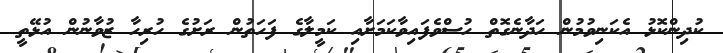
ކުދިންކޮޅު އެކަނިވުމުން ހަދާނެގޮތް ހުސްވެފައިވާކަމަށާއި ކަމީލާގެ ފަހަތުން ރަށުގެ ހުރިހާ ޒުވާނުން އުޅޭތީ